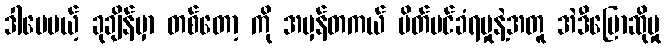
ဒါပေမယ့် ခုချိန်မှာ တစ်တော့ ကို အမှန်တကယ် ပိတ်ပင်ခံရမှုနဲ့အတူ အဲဒီပြောဆိုမှု